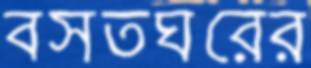
বসতঘরের